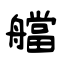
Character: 艡